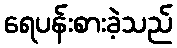
ရေပန်းစားခဲ့သည်